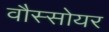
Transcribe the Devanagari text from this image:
वौस्सोयर